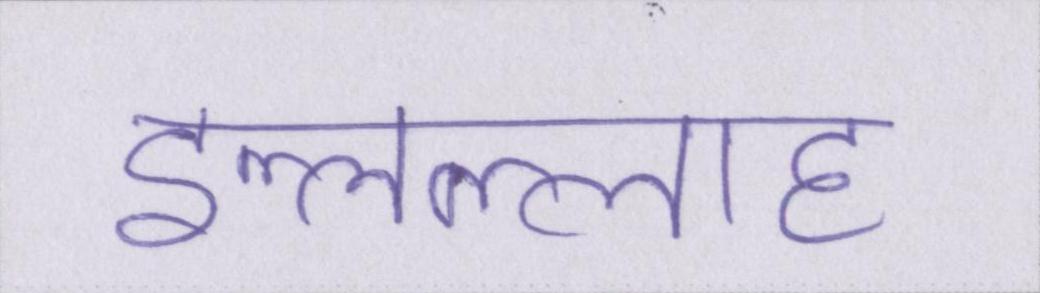
इल्लल्लाह